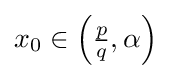
x_{0}\in \left({\tfrac {p}{q}},\alpha \right)